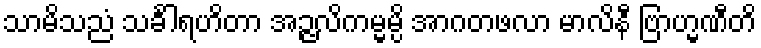
သာမိသညံ သင်္ခါရဟိတာ အဉ္ဇလိကမ္မမ္ပိ အာဂတဖလာ မာလိနီ ဗြာဟ္မဏီတိ